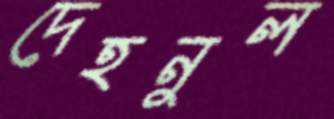
দেহনুল